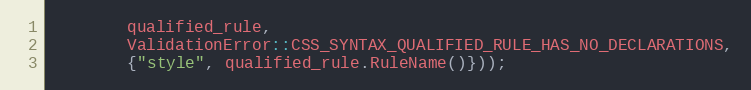
Language: C++
        qualified_rule,
        ValidationError::CSS_SYNTAX_QUALIFIED_RULE_HAS_NO_DECLARATIONS,
        {"style", qualified_rule.RuleName()}));